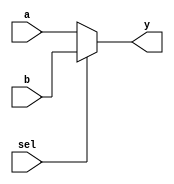
module mux4b2_1 (
    input [3:0] a,
    input [3:0] b,
    input sel,
    output reg [3:0] y
);

    always @(*) begin
        if (sel)
            y <= b;
        else
            y <= a;
    end

endmodule //mux4b2_1